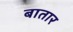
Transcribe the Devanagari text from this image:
बातार